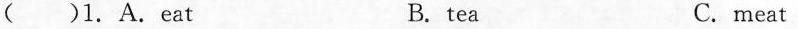
( )1. A.Eat B. tea C.meat